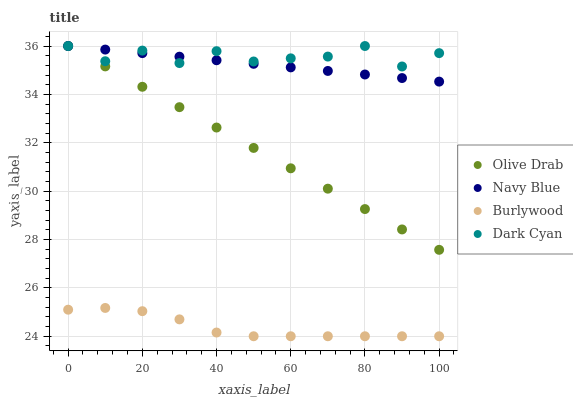
| xaxis_label | Olive Drab | Navy Blue | Burlywood | Dark Cyan |
 | --- | --- | --- | --- | --- |
 | 0 | 36 | 36 | 25.1 | 36 |
 | 10 | 35.2 | 35.9 | 25.2 | 35.4 |
 | 20 | 34.3 | 35.7 | 25 | 35.8 |
 | 30 | 33.5 | 35.6 | 24.7 | 35.3 |
 | 40 | 32.6 | 35.4 | 24.2 | 35.8 |
 | 50 | 31.8 | 35.3 | 24 | 35.4 |
 | 60 | 30.9 | 35.1 | 24 | 35.5 |
 | 70 | 30.1 | 35 | 24 | 35.6 |
 | 80 | 29.3 | 34.8 | 24 | 36 |
 | 90 | 28.4 | 34.7 | 24 | 35.2 |
 | 100 | 27.6 | 34.5 | 24 | 35.7 |